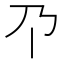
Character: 𫡄